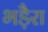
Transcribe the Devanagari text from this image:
भड़ैरा